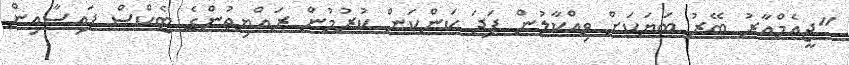
"ޖީއެމްއާރު ބޭރު ބަޔަކަށް ވިއްކާލުން ފަދަ ކަންކަން ކުރުމުން ރައްޔިތުންގެ ޓެކްސް ފައިސާއިން